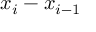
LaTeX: x _ { i } - x _ { i - 1 }